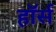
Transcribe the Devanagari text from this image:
हाॅर्स